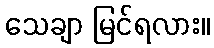
သေချာ မြင်ရလား။